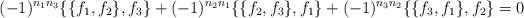
LaTeX: \begin{align*} (-1)^{n_1n_3}\{\{f_1, f_2\}, f_3\}+(-1)^{n_2n_1}\{\{f_2, f_3\}, f_1\}+ (-1)^{n_3n_2}\{\{f_3, f_1\}, f_2\}=0 \end{align*}